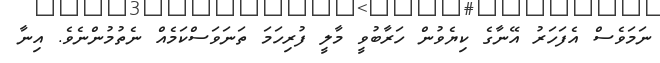
ނަމަވެސް އެފަހަރު އޭނާގެ ކިޔެވުން ހަރާބުވީ މާލީ ފުރިހަމަ ތަނަވަސްކަމެއް ނެތުމުންނެވެ. އިނާ